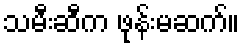
သမီးဆီက ဖုန်းမဆက်။